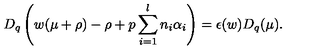
D _ { q } \left( w ( \mu + \rho ) - \rho + p \sum _ { i = 1 } ^ { l } n _ { i } \alpha _ { i } \right) = \epsilon ( w ) D _ { q } ( \mu ) .